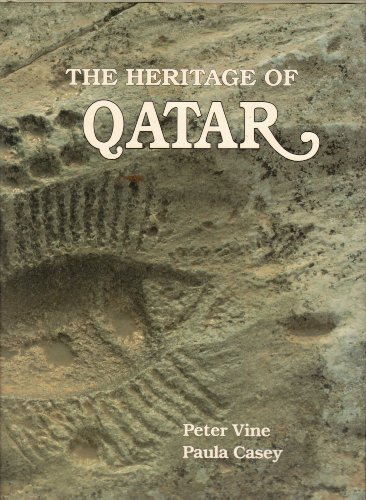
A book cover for The Heritage of Qatar; Peter Vine; History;